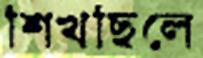
শিখছিলে